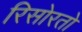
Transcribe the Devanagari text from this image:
रिसोरतो